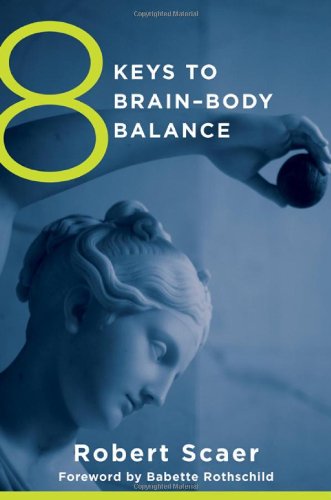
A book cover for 8 Keys to Brain-Body Balance (8 Keys to Mental Health); Robert Scaer; Self-Help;